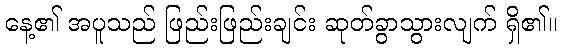
နေ့၏ အပူသည် ဖြည်းဖြည်းချင်း ဆုတ်ခွာသွားလျက် ရှိ၏။